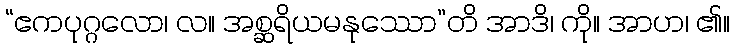
“ဧကပုဂ္ဂလော၊ လ။ အစ္ဆရိယမနုဿော”တိ အာဒိ၊ ကို။ အာဟ၊ ၏။